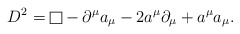
\begin{align*}D^2 = {\vcenter{\vbox{\hrule height.4pt\hbox{\vrule width.4ptheight8pt\kern8pt\vrule width.4pt}\hrule height.4pt}}} - \partial^\mu a_\mu -2a^\mu\partial_\mu + a^\mu a_\mu.\end{align*}